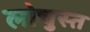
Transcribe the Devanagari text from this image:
लोचुस्त